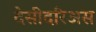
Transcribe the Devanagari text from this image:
देसीदरिअस